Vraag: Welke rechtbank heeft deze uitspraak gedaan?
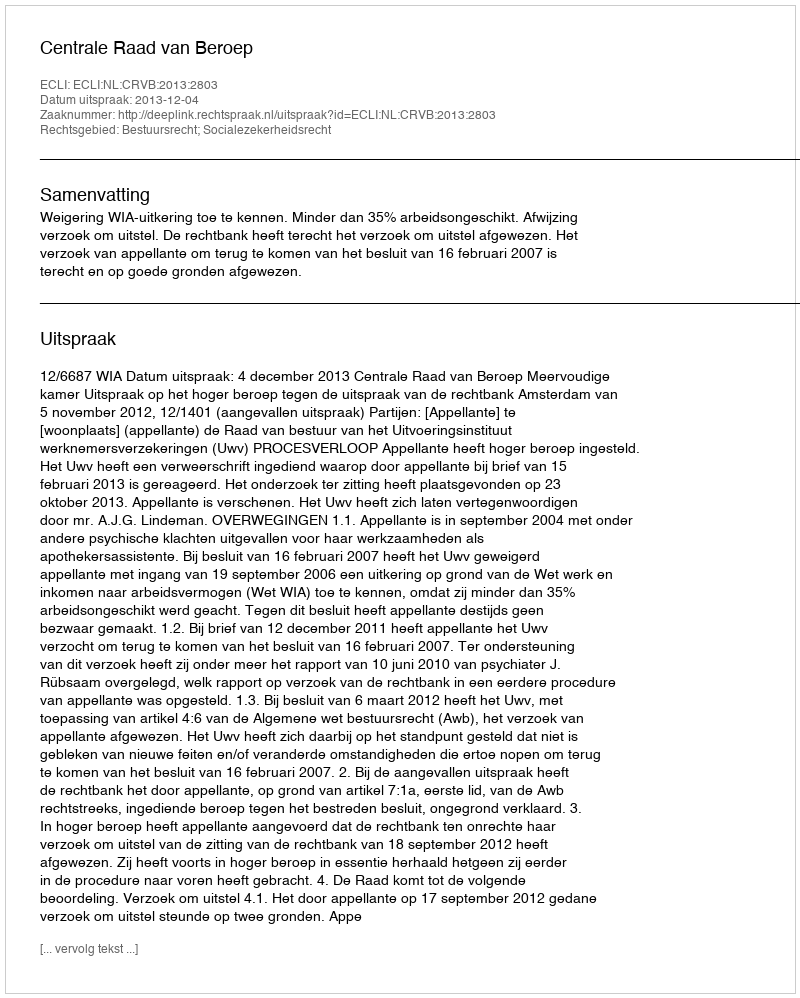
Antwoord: Centrale Raad van Beroep